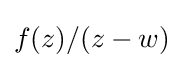
f(z)/(z-w)